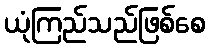
ယုံကြည်သည်ဖြစ်စေ